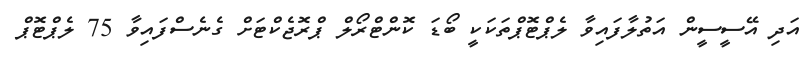
އަދި އޭސީސީން އަތުލާފައިވާ ލެޕްޓޮޕްތަކަކީ ބޯޑަ ކޮންޓްރޯލް ޕްރޮޖެކްޓަށް ގެނެސްފައިވާ 75 ލެޕްޓޮޕް